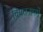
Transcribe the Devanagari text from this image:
वियतनाममें